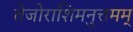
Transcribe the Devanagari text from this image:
तेजोराशिमनुत्तमम्